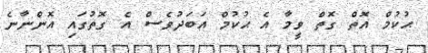
ޙުކުމް އޮތް ގޮތް ވީމާ އެ ޙުކުމް އަބަދުވެސް އެ ގޮތުގައި އޮންނާނެ